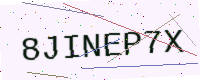
Text: 8JINEP7X